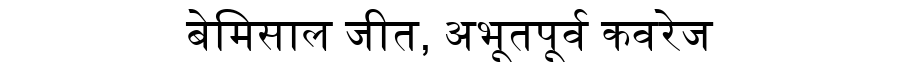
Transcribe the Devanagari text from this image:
बेमिसाल जीत, अभूतपूर्व कवरेज